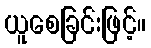
ယူစေခြင်းဖြင့်။